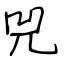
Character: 兕